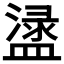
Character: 𥂖